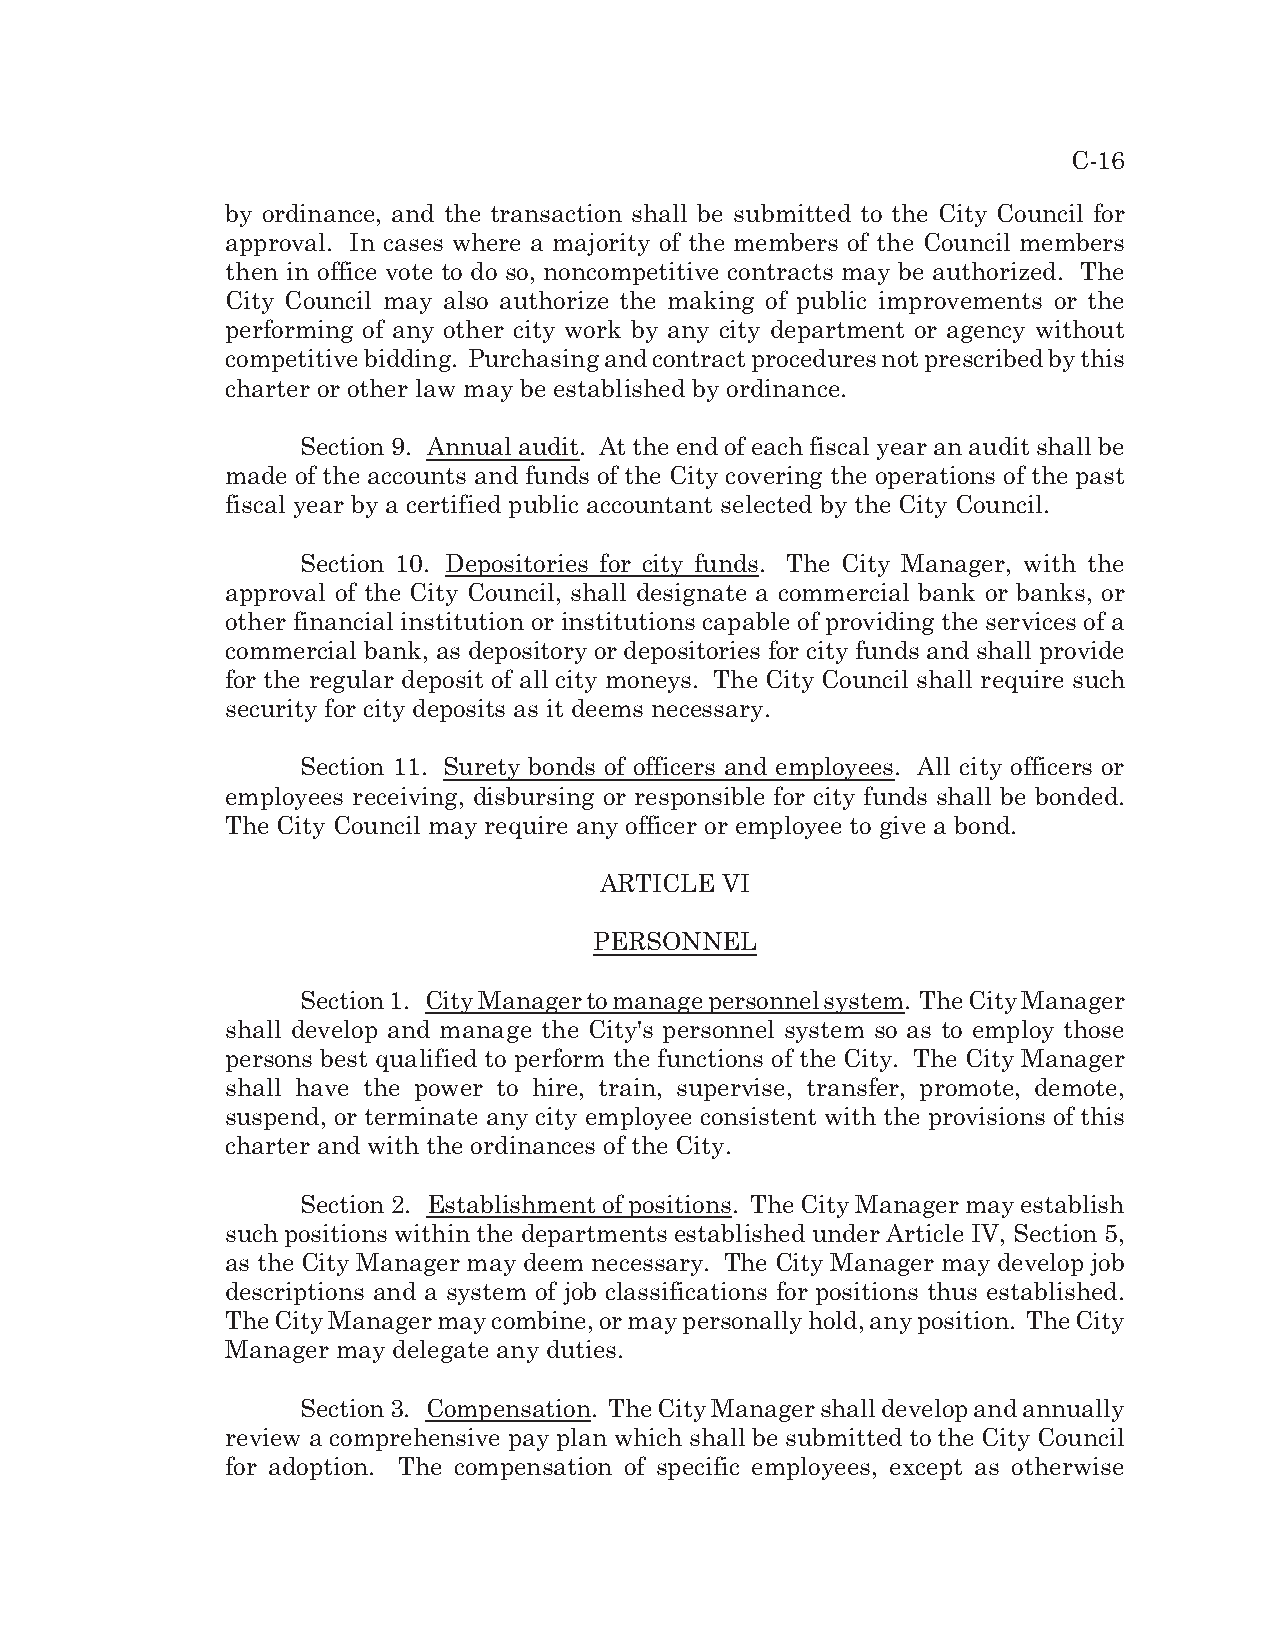
C-16
 by ordinance, and the transaction shall be submitted to the City Council for
 approval. In cases where a majority of the members of the Council members
 then in office vote to do so, noncompetitive contracts may be authorized. The
 City Council may also authorize the making of public improvements or the
 performing of any other city work by any city department or agency without
 competitive bidding. Purchasing and contract procedures not prescribed by this
 charter or other law may be established by ordinance.
 Section 9. Annual audit. At the end of each fiscal year an audit shall be
 made of the accounts and funds of the City covering the operations of the past
 fiscal year by a certified public accountant selected by the City Council.
 Section 10. Depositories for city funds. The City Manager, with the
 approval of the City Council, shall designate a commercial bank or banks, or
 other financial institution or institutions capable of providing the services of a
 commercial bank, as depository or depositories for city funds and shall provide
 for the regular deposit of all city moneys. The City Council shall require such
 security for city deposits as it deems necessary.
 Section 11. Surety bonds of officers and employees. All city officers or
 employees receiving, disbursing or responsible for city funds shall be bonded.
 The City Council may require any officer or employee to give a bond.
 ARTICLE VI
 PERSONNEL
 Section 1. City Manager to manage personnel system. The City Manager
 shall develop and manage the City's personnel system so as to employ those
 persons best qualified to perform the functions of the City. The City Manager
 shall have the power to hire, train, supervise, transfer, promote, demote,
 suspend, or terminate any city employee consistent with the provisions of this
 charter and with the ordinances of the City.
 Section 2. Establishment of positions. The City Manager may establish
 such positions within the departments established under Article IV, Section 5,
 as the City Manager may deem necessary. The City Manager may develop job
 descriptions and a system of job classifications for positions thus established.
 The City Manager may combine, or may personally hold, any position. The City
 Manager may delegate any duties.
 Section 3. Compensation. The City Manager shall develop and annually
 review a comprehensive pay plan which shall be submitted to the City Council
 for adoption. The compensation of specific employees, except as otherwise